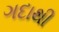
ગદાથી